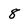
Character: 8